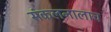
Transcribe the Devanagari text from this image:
संकलनालाच